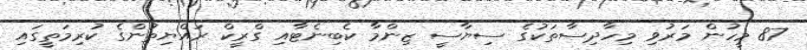
87 މީހުން މަރުވި މިހާދިސާތަކުގެ ސިޔާސީ ޒިންމާ ކެބިނެޓާއި ގްރީކް ރައްޔިތުންގެ ކުރިމަތީގައި